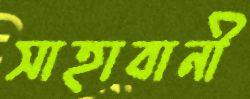
সাহাবানী